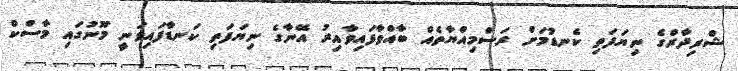
ޝްރިދާރްގެ ނިޔަފަތި ކެނޑުމަށް ރަސްމިއްޔާތެއް ބާއްވާފައިވާއިރު އޭނާގެ ނިޔަފަތި ކަނޑާފައިވަނީ މޫނުގައި މާސްކް